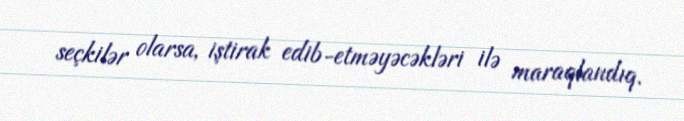
seçkilər olarsa, iştirak edib-etməyəcəkləri ilə maraqlandıq.